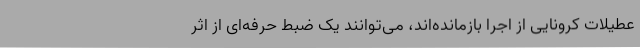
عطیلات کرونایی از اجرا بازمانده‌اند، می‌توانند یک ضبط حرفه‌ای از اثر